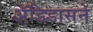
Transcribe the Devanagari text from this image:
अॅडिडासने